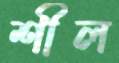
শীল